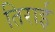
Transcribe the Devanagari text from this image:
तिराई